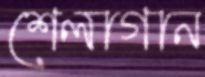
শেলাগান